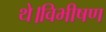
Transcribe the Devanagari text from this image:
थे।विभीषण